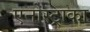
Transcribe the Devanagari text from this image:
एनोस्ट्राका